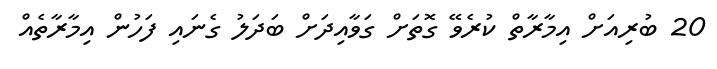
20 ބުރިއަށް އިމާރާތް ކުރެވޭ ގޮތަށް ގަވާއިދަށް ބަދަލު ގެނައި ފަހުން އިމާރާތެއް